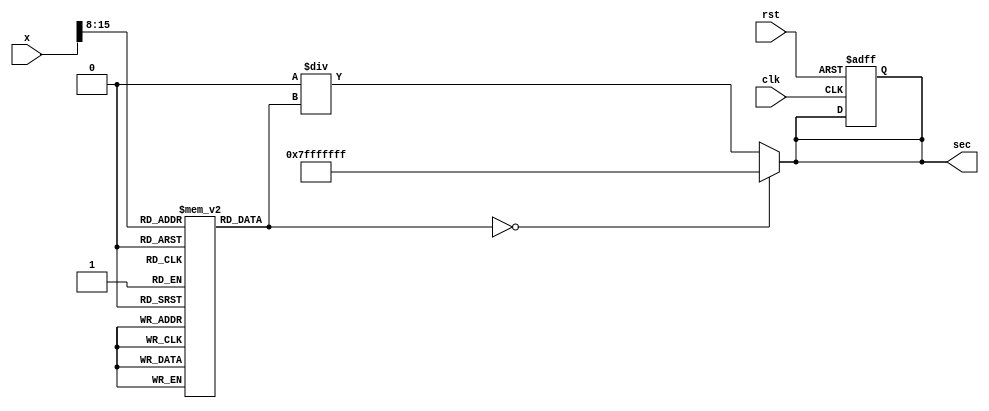
module secant_function (
    input signed [15:0] x,        // Input angle in radians (fixed-point)
    output reg signed [31:0] sec,  // Output secant value (fixed-point)
    input clk,
    input rst
);

    // Parameters
    parameter INTEGER_BITS = 16; // Number of integer bits
    parameter FRACTIONAL_BITS = 16; // Number of fractional bits
    parameter COS_LUT_SIZE = 256; // Size of the cosine lookup table

    // Cosine lookup table (for simplicity, values are pre-calculated)
    reg signed [31:0] cos_lut [0:COS_LUT_SIZE-1];

    // Initialize cosine lookup table
    initial begin
        // Populate the LUT with cosine values (scaled)
        // Example: cos_lut[0] = cos(0) * 2^FRACTIONAL_BITS
        // You need to fill this LUT with actual cosine values
        // This is just a placeholder
        // cos_lut[0] = 1 << FRACTIONAL_BITS; // cos(0) = 1
        // cos_lut[1] = ...; // Fill in other values
    end

    wire signed [31:0] cos_x; // Cosine value
    wire signed [31:0] reciprocal; // Reciprocal of cosine
    wire signed [31:0] cos_x_scaled; // Scaled cosine value

    // Cosine calculation using LUT
    assign cos_x_scaled = cos_lut[x[15:8]]; // Assuming x is scaled to fit the LUT
    assign cos_x = cos_x_scaled;

    // Reciprocal calculation
    always @(*) begin
        if (cos_x == 0) begin
            sec = 32'h7FFFFFFF; // Handle division by zero (overflow case)
        end else begin
            sec = (1 << (FRACTIONAL_BITS + INTEGER_BITS)) / cos_x; // Calculate sec(x) = 1/cos(x)
        end
    end

    // Control logic for input validation and reset
    always @(posedge clk or posedge rst) begin
        if (rst) begin
            sec <= 0;
        end
    end

endmodule